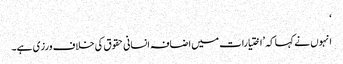
‘
انہوں نے کہا کہ ’اختیارات میں اضافہ انسانی حقوق کی خلاف ورزی ہے۔